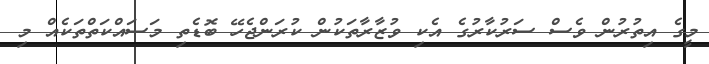
މީގެ އިތުރުން ވެސް ސަރުކާރުގެ އެކި ވުޒާރާތަކުން ކުރަންޖެހޭ ބޮޑެތި މަސައްކަތްތަކެއް މި